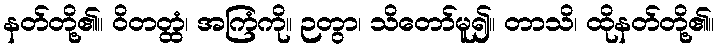
နတ်တို့၏။ ဝိတတ္ထံ၊ အကြံကို။ ဉတွာ၊ သိတော်မူ၍။ တာသိ၊ ထိုနတ်တို့၏။